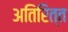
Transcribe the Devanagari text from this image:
अतिरित्त